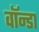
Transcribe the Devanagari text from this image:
वॉन्डा